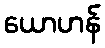
ယောဟန်